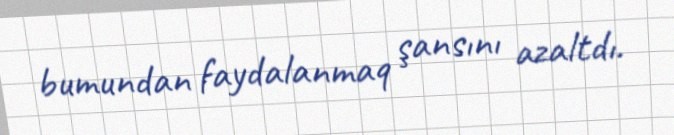
bumundan faydalanmaq şansını azaltdı.